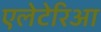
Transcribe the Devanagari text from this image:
एलेटेरिआ